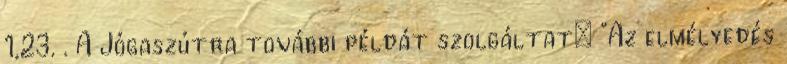
1,23. . A Jógaszútra további példát szolgáltat: "Az elmélyedés